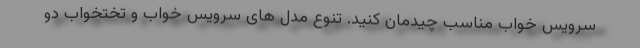
سرویس خواب مناسب چیدمان کنید. تنوع مدل های سرویس خواب و تختخواب دو